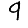
Digit: 9